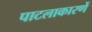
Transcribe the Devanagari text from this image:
पाटलाकारणें